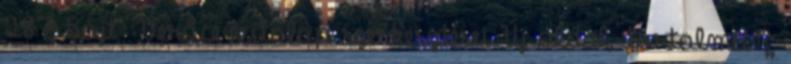
287 bájt ‎Verőce vitalap szerkesztései Új oldal, tartalma: „